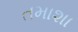
તમાશા